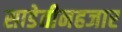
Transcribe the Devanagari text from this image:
साडेतीनहजार